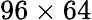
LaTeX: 96\times 64